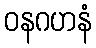
ဝနဂဟနံ